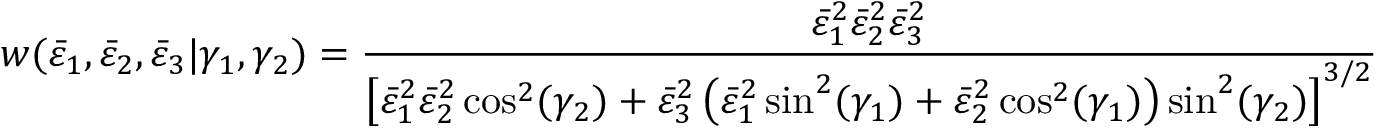
w ( \bar { \varepsilon } _ { 1 } , \bar { \varepsilon } _ { 2 } , \bar { \varepsilon } _ { 3 } | \gamma _ { 1 } , \gamma _ { 2 } ) = \frac { \bar { \varepsilon } _ { 1 } ^ { 2 } \bar { \varepsilon } _ { 2 } ^ { 2 } \bar { \varepsilon } _ { 3 } ^ { 2 } } { \left[ \bar { \varepsilon } _ { 1 } ^ { 2 } \bar { \varepsilon } _ { 2 } ^ { 2 } \cos ^ { 2 } ( \gamma _ { 2 } ) + \bar { \varepsilon } _ { 3 } ^ { 2 } \left( \bar { \varepsilon } _ { 1 } ^ { 2 } \sin ^ { 2 } ( \gamma _ { 1 } ) + \bar { \varepsilon } _ { 2 } ^ { 2 } \cos ^ { 2 } ( \gamma _ { 1 } ) \right) \sin ^ { 2 } ( \gamma _ { 2 } ) \right] ^ { 3 / 2 } }